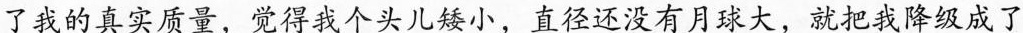
了我的真实质量，觉得我个头儿矮小，直径还没有月球大，就把我降级成了